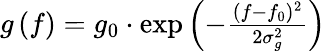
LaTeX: \begin{array}{r}{g\left(f\right)=g_{0}\cdot\mathrm{exp}\left({-\frac{(f-f_{0})^{2}}{2\sigma_{g}^{2}}}\right)}\end{array}